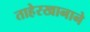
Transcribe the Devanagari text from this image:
ताहेरखानाने